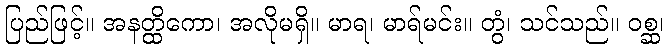
ပြည်ဖြင့်။ အနတ္ထိကော၊ အလိုမရှိ။ မာရ၊ မာရ်မင်း။ တွံ၊ သင်သည်။ ဝစ္ဆ၊